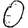
Digit: 0